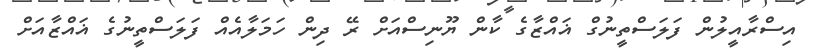
އިސްރާއީލުން ފަލަސްތީނުގް ޣައްޒާގެ ކާން ޔޫނިސްއަށް ރޭ ދިން ހަމަލާއެއް ފަލަސްތީނުގެ ޣައްޒާއަށް